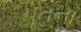
પૂતના